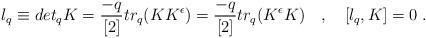
LaTeX: \begin{align*}l_{q} \equiv det_{q} K = \frac{-q}{[2]} tr_{q} (K K^{\epsilon})=\frac{-q}{[2]}tr_{q} (K^{\epsilon} K) \quad ,\quad [l_q,K]=0\;.\end{align*}